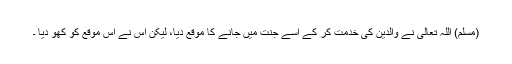
(مسلم) اللہ تعالیٰ نے والدین کی خدمت کر کے اسے جنت میں جانے کا موقع دیا، لیکن اس نے اس موقع کو کھو دیا ۔